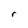
Character: r